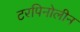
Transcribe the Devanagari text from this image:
टरपिनोलीन